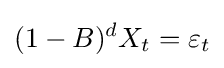
(1-B)^{d}X_{t}=\varepsilon _{t}